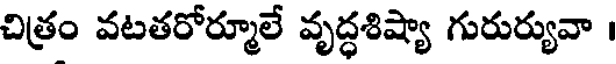
చిత్రం వటతరోర్మూలే వృద్ధశిష్యా గురుర్యువా ।